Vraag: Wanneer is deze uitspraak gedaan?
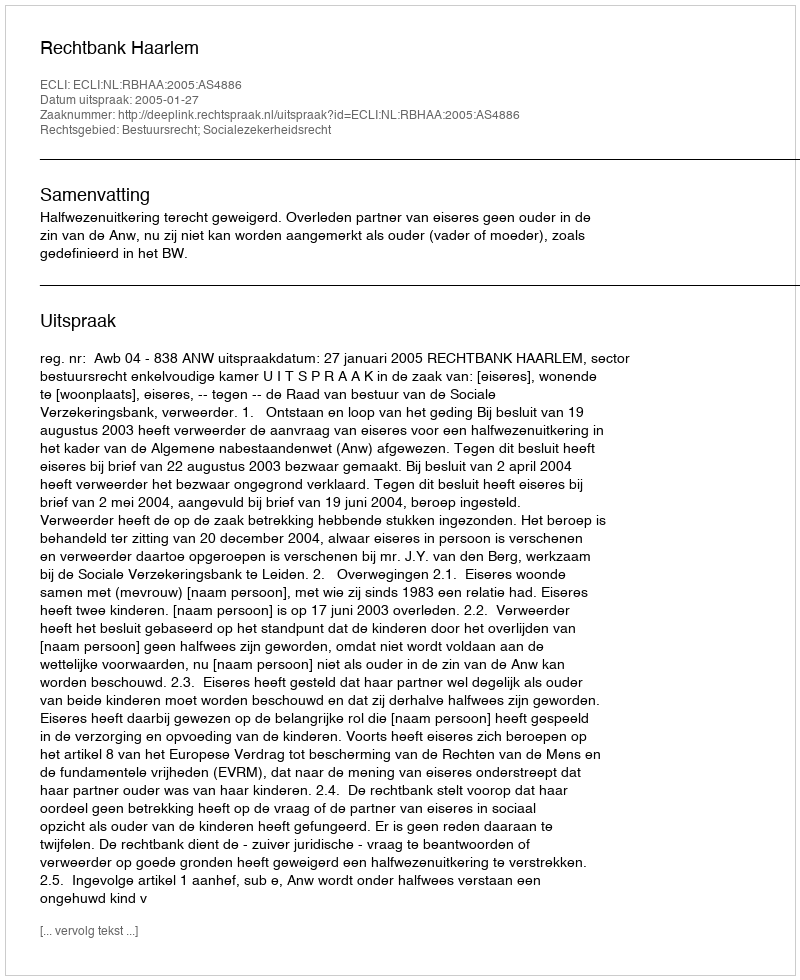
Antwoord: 2005-01-27